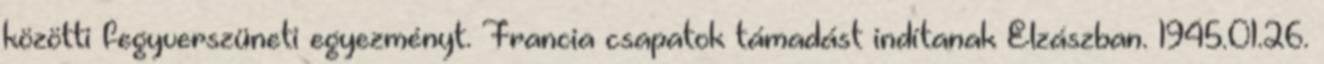
közötti fegyverszüneti egyezményt. Francia csapatok támadást indítanak Elzászban. 1945.01.26.